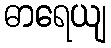
ဓာရေယျ